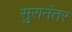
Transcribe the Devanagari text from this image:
सुरानंतर